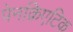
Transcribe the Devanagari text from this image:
पेनक्रिएटिक